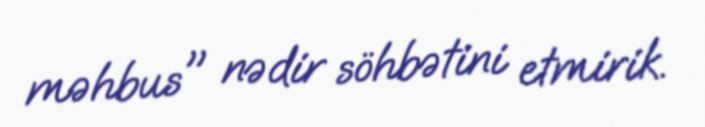
məhbus" nədir söhbətini etmirik.